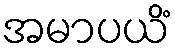
အမာပယိံ